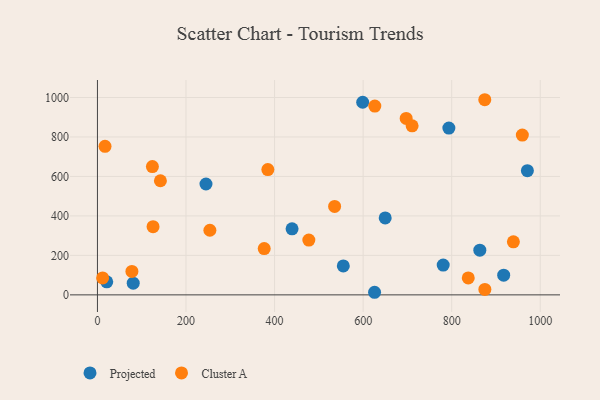
{"axis": {"x": "Investment", "y": "Rating"}, "legend": ["Cluster A", "Projected"], "data": [{"x": "793.6", "y": 845.2, "type": "Projected"}, {"x": "21.0", "y": 66.1, "type": "Projected"}, {"x": "245.1", "y": 561.8, "type": "Projected"}, {"x": "970.9", "y": 629.4, "type": "Projected"}, {"x": "863.5", "y": 226.3, "type": "Projected"}, {"x": "780.8", "y": 150.8, "type": "Projected"}, {"x": "80.8", "y": 59.1, "type": "Projected"}, {"x": "917.4", "y": 99.5, "type": "Projected"}, {"x": "625.8", "y": 13.1, "type": "Projected"}, {"x": "599.0", "y": 976.0, "type": "Projected"}, {"x": "649.8", "y": 389.6, "type": "Projected"}, {"x": "555.2", "y": 146.4, "type": "Projected"}, {"x": "439.5", "y": 334.5, "type": "Projected"}, {"x": "697.2", "y": 894.2, "type": "Cluster A"}, {"x": "17.1", "y": 752.7, "type": "Cluster A"}, {"x": "11.7", "y": 85.7, "type": "Cluster A"}, {"x": "837.4", "y": 85.8, "type": "Cluster A"}, {"x": "77.8", "y": 118.6, "type": "Cluster A"}, {"x": "939.3", "y": 268.9, "type": "Cluster A"}, {"x": "874.9", "y": 27.5, "type": "Cluster A"}, {"x": "124.1", "y": 650.2, "type": "Cluster A"}, {"x": "142.2", "y": 578.1, "type": "Cluster A"}, {"x": "710.6", "y": 856.6, "type": "Cluster A"}, {"x": "384.8", "y": 635.1, "type": "Cluster A"}, {"x": "477.4", "y": 277.4, "type": "Cluster A"}, {"x": "376.6", "y": 234.3, "type": "Cluster A"}, {"x": "959.5", "y": 809.5, "type": "Cluster A"}, {"x": "874.7", "y": 988.8, "type": "Cluster A"}, {"x": "535.6", "y": 448.1, "type": "Cluster A"}, {"x": "125.6", "y": 345.3, "type": "Cluster A"}, {"x": "626.4", "y": 956.5, "type": "Cluster A"}, {"x": "253.9", "y": 327.5, "type": "Cluster A"}]}